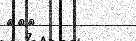
١٣٣